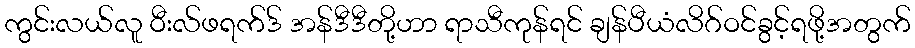
ကွင်းလယ်လူ ဝီးလ်ဖရက်ဒ် အန်ဒီဒီတို့ဟာ ရာသီကုန်ရင် ချန်ပီယံလိဂ်ဝင်ခွင့်ရဖို့အတွက်